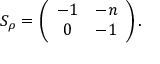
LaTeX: S _ { \rho } = \left( \begin{array} { c c } { { - 1 } } & { { - n } } \\ { { 0 } } & { { - 1 } } \end{array} \right) .